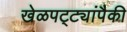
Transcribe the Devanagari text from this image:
खेळपट्ट्यांपैकी